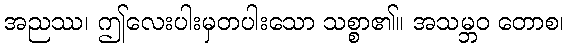
အညဿ၊ ဤလေးပါးမှတပါးသော သစ္စာ၏။ အသမ္ဘဝ တောစ၊